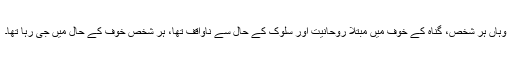
وہاں ہر شخص، گناہ کے خوف میں مبتلا روحانیت اور سلوک کے حال سے ناواقف تھا، ہر شخص خوف کے حال میں جی رہا تھا۔